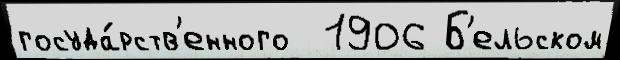
госуда́рств'енного  1906 Б'ельском